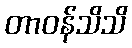
တာဝန်သိသိ